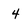
Character: 4